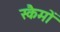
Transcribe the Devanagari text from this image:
स्कैमों